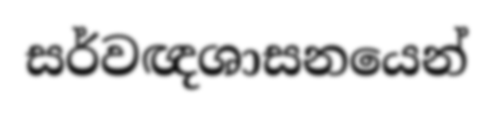
සර්වඥශාසනයෙන්